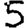
Digit: 5